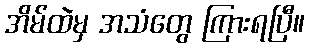
အိမ်ထဲမှ အသံတွေ ကြားရပြီ။